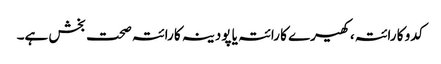
کدو کا رائتہ، کھیرے کا رائتہ یا پودینہ کا رائتہ صحت بخش ہے۔